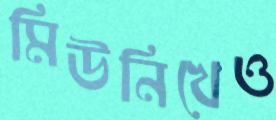
মিউনিখেও